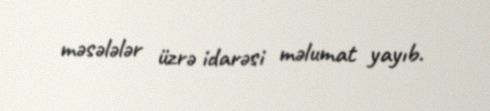
məsələlər üzrə idarəsi məlumat yayıb.